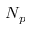
N _ { p }